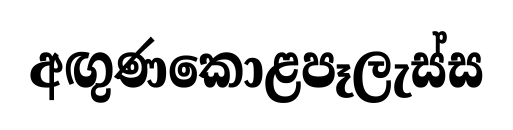
අඟුණකොළපෑලැස්ස